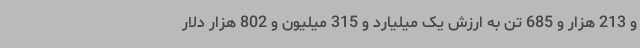
و 213 هزار و 685 تن به ارزش یک میلیارد و 315 میلیون و 802 هزار دلار